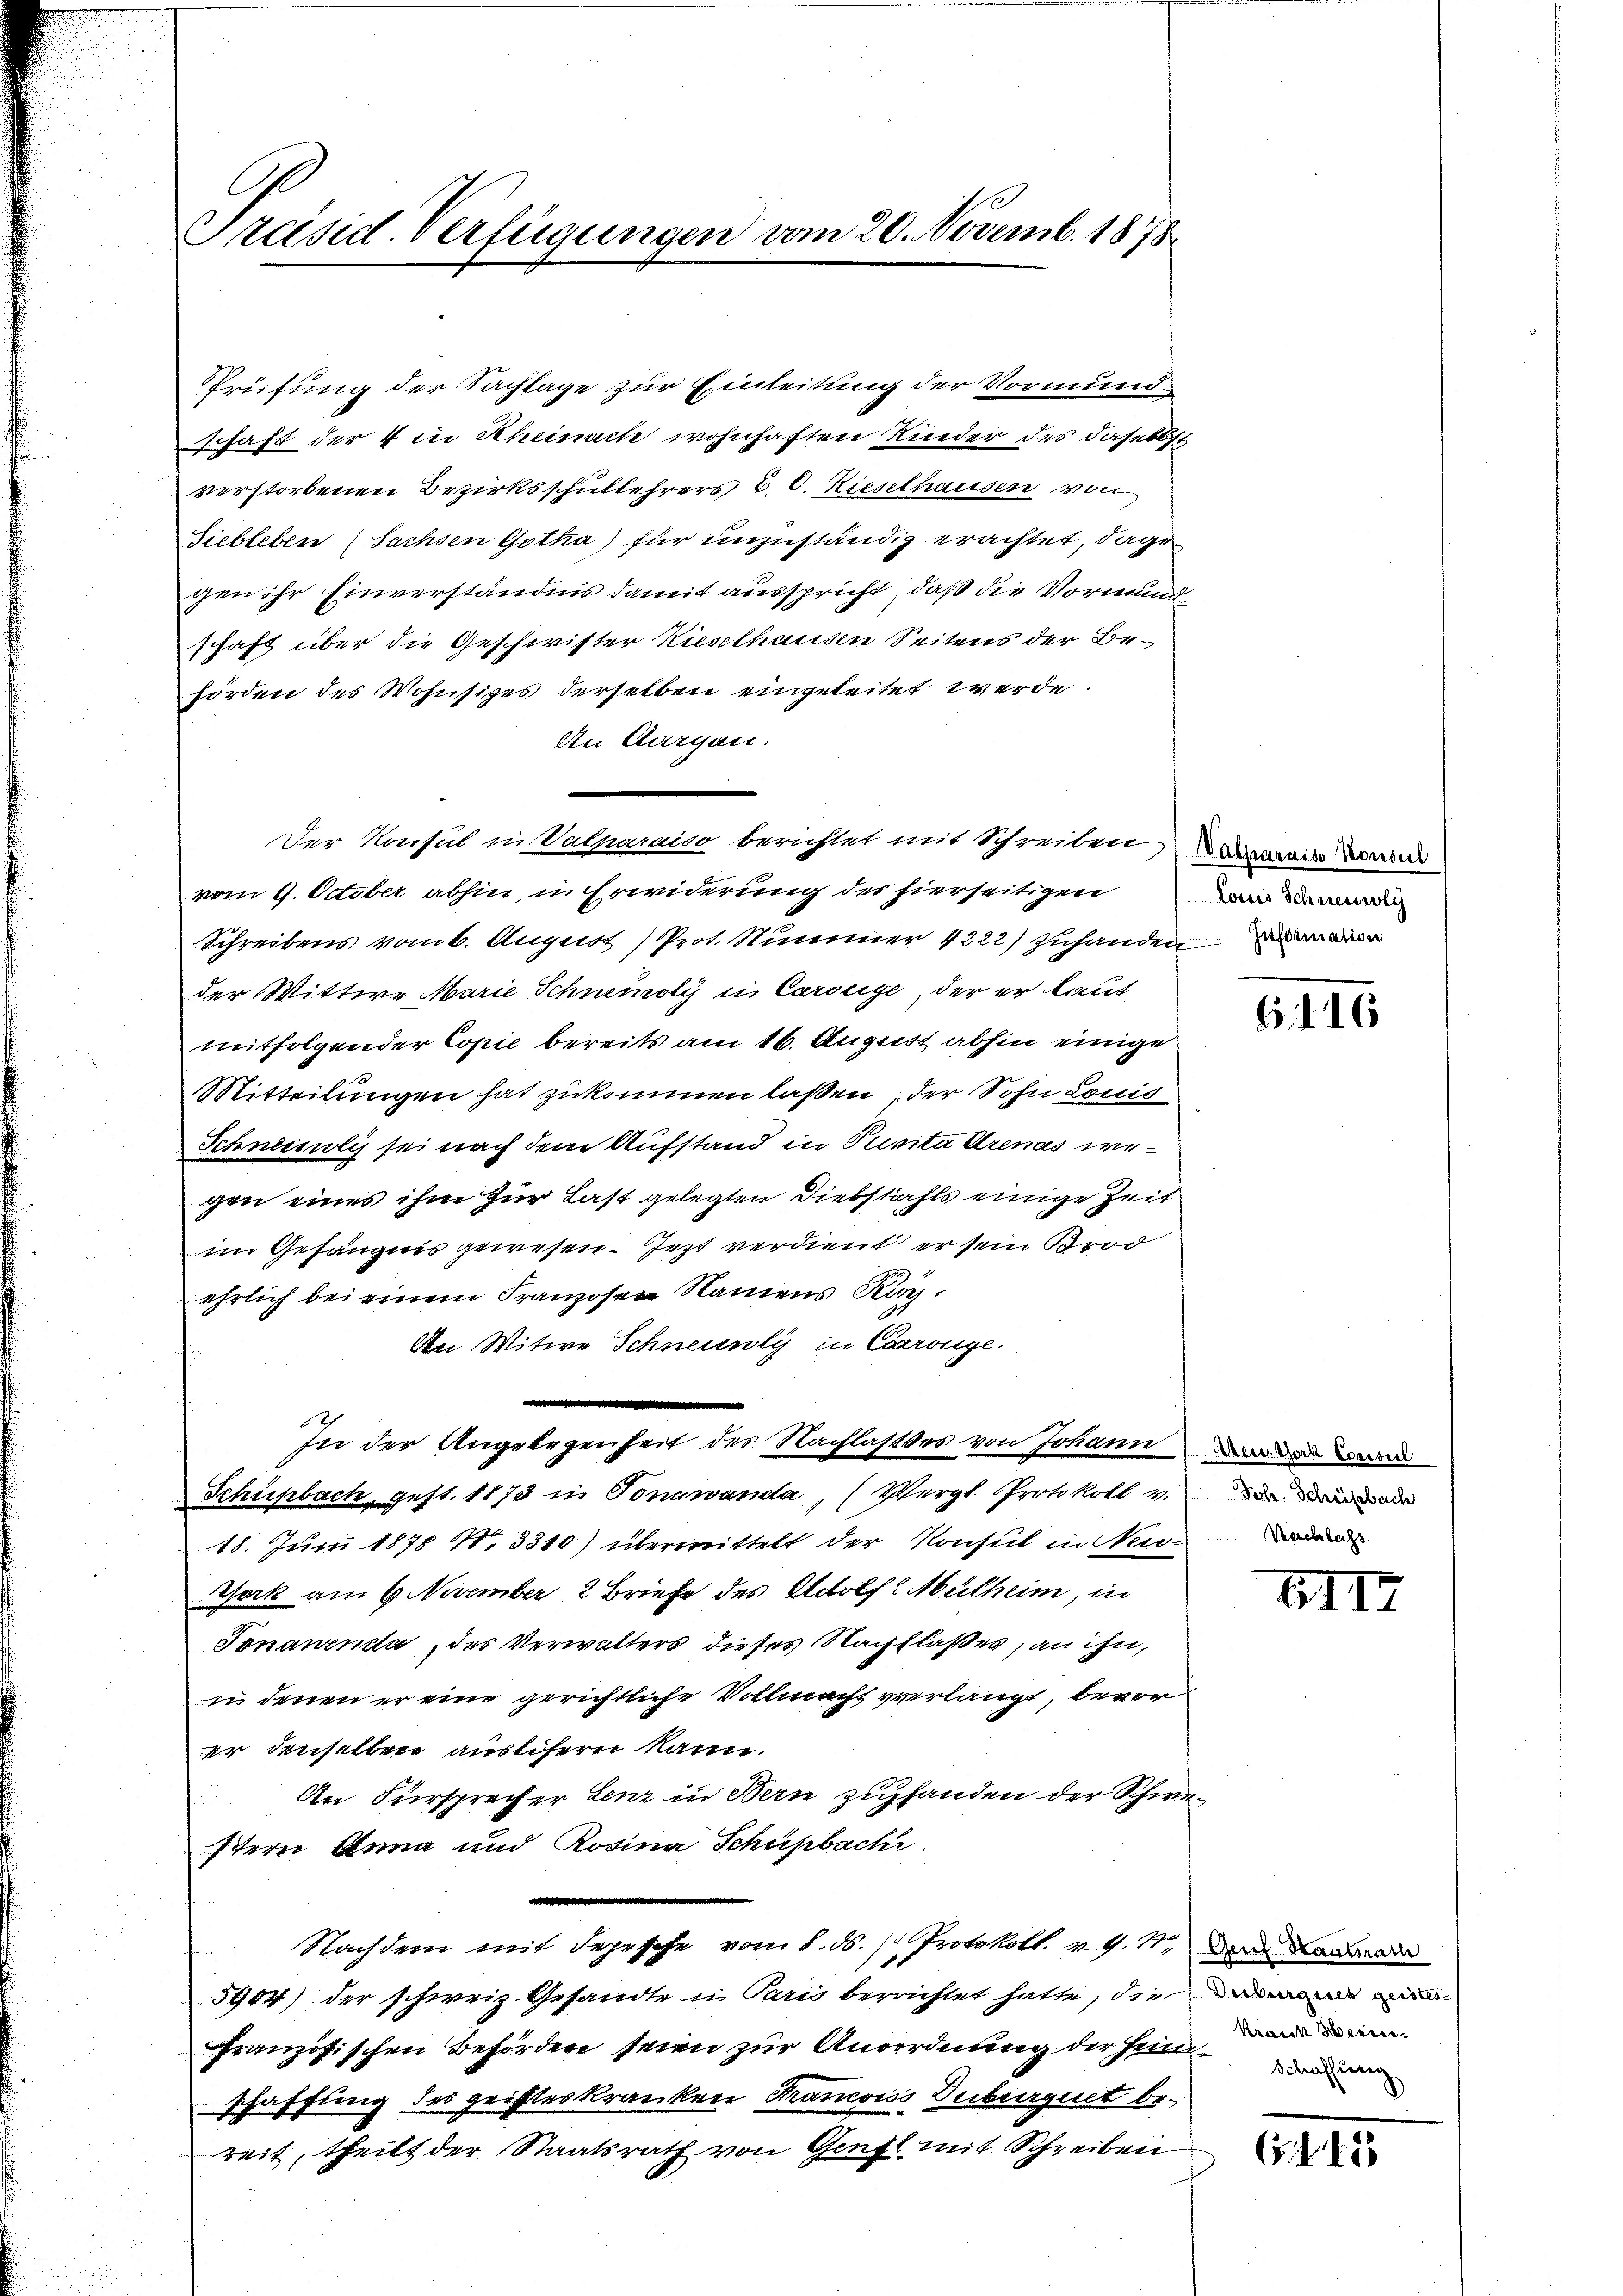
Präsid. Verfügungen vom 20. Novemb. 1878

Trüfung der Sachlage zur Einleitung der Vormundschaft der 4 in Rheinach wohnhaften Kinder des daselbst
verstorbenen Bezirksschullehrers v. 6. Rieselhausen von
Siebleben (Sachsen Gotha) für unzuständig erachtet, dage
gen ihr Einverständnis damit ausspricht, daß die Vormundschaft über die Geschwister Kieselhausen Seitens der Behörden des Wohnsitzes derselben eingeleitet werde
An Aargau.
Der Konsul in Walparaiso berichtet mit Schreiben erweise Konse
vom 9. October abhin, in Erwiderung des hierseitigen
Schreibens vom 6. August) Prot. Nummer 4222) zuhanden
der Wittwe Marie Schneioly in Carolge, der er laut
mitfolgender Copie bereits am 16. August abhin einige
Mitteilungen hat zukommen laßen, der Sohn Louis
Schnendli sei nach dem Aufstand in Purita Arenas wegen eines ihm zur Last gelegten Diebstahls einige Zeit
im Gefängnis gewesen. Jezt verdient er sein Brod
ehrlich bei einem Franzosen Namens Kan¬
Aei Witwe Schneienly in Carronge.
In der Angelegenheit des Nachlasses von Johann
Schüpbach, gest. 1873 in Tonawanda, (Vergl. Protokoll v.
18. Juni 1878 41. 3310) übermittelt der Konsul in Neu- oder
York am 6. November 2 Briefe des Adolf Mutheim, in
Tenauenda, der Verwalters dieses Nachflaßes, an ihn,
in denen er eine gerichtliche Vollmacht verlangt, bevor
er denselben austifern kann.
An Fürsprecher Lenz in Bern zu handen der Schwerstern Anna aud Rosina Schupbacht.
Nachdem mit depesche vom 8. ds. / Protokoll. v. 9. 11. Dem Langnade
5904) der schweiz. Gesandte u. Paris berrichtet hatte, die mir
Französischen Befördere seien zur Anordnung der Zeit
schaffung des geisteskranken Krancoiss Dubiirguet be-
reit, theilt der Staatsrath von Genfl mit Schreiben

Louis Schneeweg

616

Aren. Horn Consul
Joh. Schreisebach

XIII

Kranck Weiere

G. 15